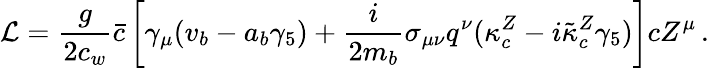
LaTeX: {\cal L}={\frac{g}{2c_{w}}}\bar{c}\left[\gamma_{\mu}(v_{b}-a_{b}\gamma_{5})+{\frac{i}{2m_{b}}}\sigma_{\mu\nu}q^{\nu}(\kappa_{c}^{Z}-i\tilde{\kappa}_{c}^{Z}\gamma_{5})\right]cZ^{\mu}\, .